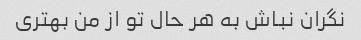
نگران نباش به هر حال تو از من بهتری